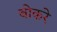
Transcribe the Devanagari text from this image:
बोकरे